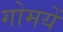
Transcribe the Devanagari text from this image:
गोमयें